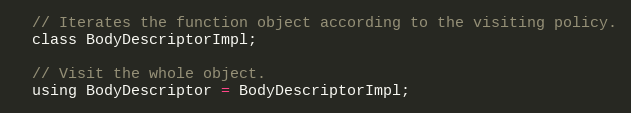
Language: C
  // Iterates the function object according to the visiting policy.
  class BodyDescriptorImpl;

  // Visit the whole object.
  using BodyDescriptor = BodyDescriptorImpl;